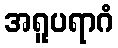
အရူပရာဂံ